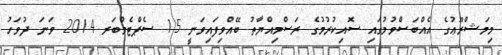
މިމަޝްރޫޢުގެ އެއްބަސްވުމުގައި ސޮއިކުރުމުގެ ރަސްމިއްޔާތު ބޭއްވިފައިވަނީ 15 ސެޕްޓެމްބަރ 2014 ވަނަ ދުވަހު